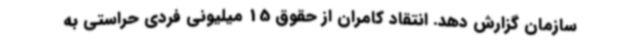
سازمان گزارش دهد. انتقاد کامران از حقوق 15 میلیونی فردی حراستی به